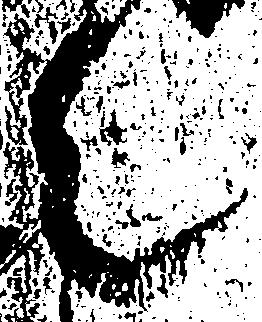
走